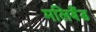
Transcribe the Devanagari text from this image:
मलिबैंड